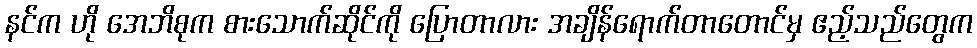
နင်က ဟို အေဘိစုက စားသောက်ဆိုင်ကို ပြောတာလား အချိန်ရောက်တာတောင်မှ ဧည့်သည်တွေက